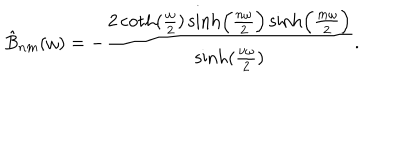
LaTeX: \hat { B } _ { n m } ( \omega ) = - { \frac { 2 \coth ( { \frac { \omega } { 2 } } ) \sinh \Bigl ( { \frac { n \omega } { 2 } } \Bigr ) \sinh \Bigl ( { \frac { m \omega } { 2 } } \Bigr ) } { \sinh ( { \frac { \nu \omega } { 2 } } ) } } .